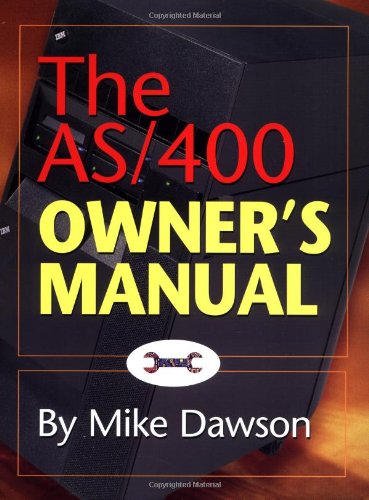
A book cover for The AS/400 Owner's Manual; Mike Dawson; Computers & Technology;